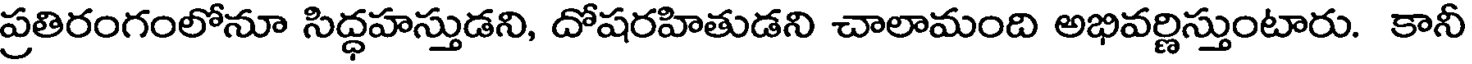
ప్రతిరంగంలోనూ సిద్ధహస్తుడని, దోషరహితుడని చాలామంది అభివర్ణిస్తుంటారు. కానీ